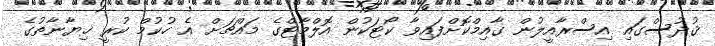
ޤުދުސްގައި އިސްރާއީލުން ގާއިމްކޮށްފައިވާ ކޯޓަކުން އޮލްމާޓްގެ މައްޗަށް އެ ހުކުމް ކުރީ ޚިޔާނާތުގެ